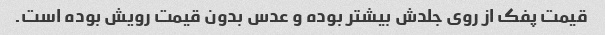
قیمت پفک از روی جلدش بیشتر بوده و عدس بدون قیمت رویش بوده است.